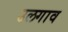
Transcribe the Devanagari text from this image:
उलगाव